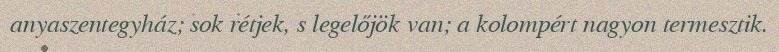
anyaszentegyház; sok rétjek, s legelőjök van; a kolompért nagyon termesztik.